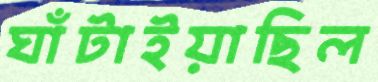
ঘাঁটাইয়াছিল